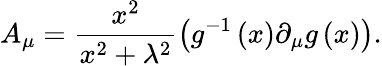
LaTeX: A_{\mu}=\frac{x^{2}}{x^{2}+\lambda^{2}}\left(g^{-1}\left(x\right)\partial_{\mu}g\left(x\right)\right).